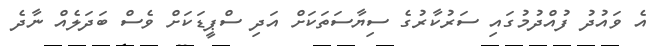
އެ ވައުދު ފުއްދުމުގައި ސަރުކާރުގެ ސިޔާސަތަކަށް އަދި ސްޕީޑަކަށް ވެސް ބަދަލެއް ނާދެ